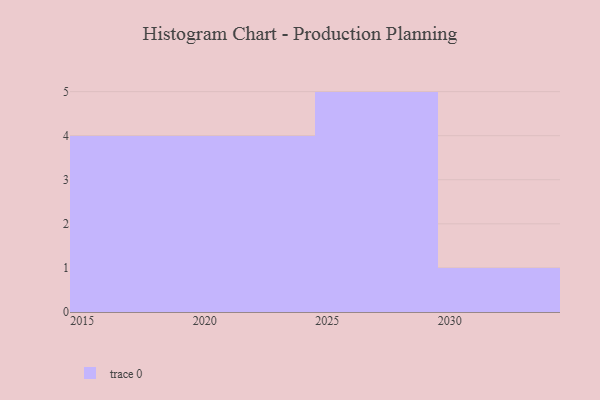
{"axis": {"x": "Year", "y": "Bounce Rate (%)"}, "legend": [""], "data": [{"x": "2026", "y": 71, "type": ""}, {"x": "2019", "y": 58, "type": ""}, {"x": "2029", "y": 10, "type": ""}, {"x": "2016", "y": 93, "type": ""}, {"x": "2027", "y": 26, "type": ""}, {"x": "2024", "y": 77, "type": ""}, {"x": "2021", "y": 95, "type": ""}, {"x": "2015", "y": 60, "type": ""}, {"x": "2023", "y": 16, "type": ""}, {"x": "2025", "y": 12, "type": ""}, {"x": "2018", "y": 92, "type": ""}, {"x": "2028", "y": 14, "type": ""}, {"x": "2030", "y": 83, "type": ""}, {"x": "2022", "y": 30, "type": ""}]}